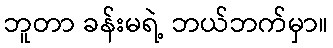
ဘူတာ ခန်းမရဲ့ ဘယ်ဘက်မှာ။